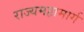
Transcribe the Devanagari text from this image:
राज्यमहामार्ग